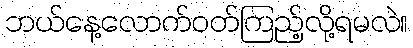
ဘယ်နေ့လောက်ဝတ်ကြည့်လို့ရမလဲ။